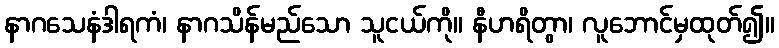
နာဂသေနံဒါရကံ၊ နာဂသိန်မည်သော သူငယ်ကို။ နီဟရိတွာ၊ လူဘောင်မှထုတ်၍။